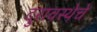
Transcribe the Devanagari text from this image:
दुरावस्थेचे